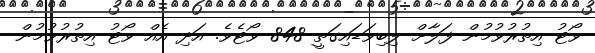
ވޯޓު އިތުރުވުމުން ފަލާށް ލިބިވަޑައިގަތީ 848 ވޯޓެވެ. އަދި އެއް ވޯޓު އިތުރުވުމުން